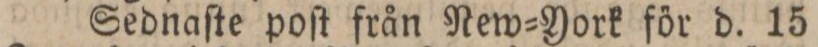
Sednaſte poſt från New=York för d. 15